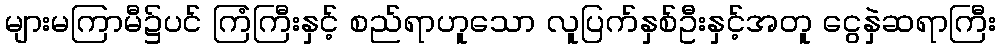
များမကြာမီ၌ပင် ကြံကြီးနှင့် စည်ရာဟူသော လူပြက်နှစ်ဦးနှင့်အတူ ငွေနှဲဆရာကြီး